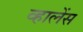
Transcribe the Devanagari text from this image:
व्हालेंस